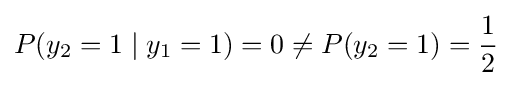
P(y_{2}=1\mid y_{1}=1)=0\neq P(y_{2}=1)={\frac {1}{2}}